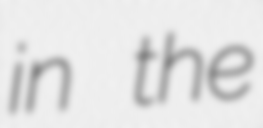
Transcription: in the